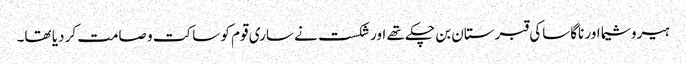
ہیروشیما اور ناگاساکی قبرستان بن چکے تھے اور شکست نے ساری قوم کو ساکت و صامت کر دیا تھا۔